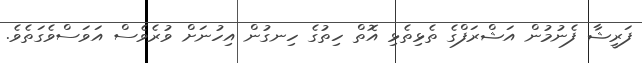
ފަރީޝާ ފެނުމުން އަޝްރަފްގެ ތެޅިތެޅި އޮތް ހިތުގެ ހިނގުން އިހުނަށް ވުރެވެސް އަވަސްވެގަތެވެ.